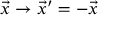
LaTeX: { \vec { x } } \to { \vec { x } } ^ { \prime } = - { \vec { x } }